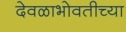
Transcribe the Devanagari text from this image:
देवळाभोवतीच्या